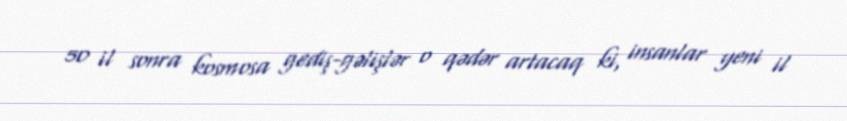
50 il sonra kosmosa gediş-gəlişlər o qədər artacaq ki, insanlar yeni il